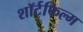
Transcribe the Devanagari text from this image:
शॉर्टफिल्म